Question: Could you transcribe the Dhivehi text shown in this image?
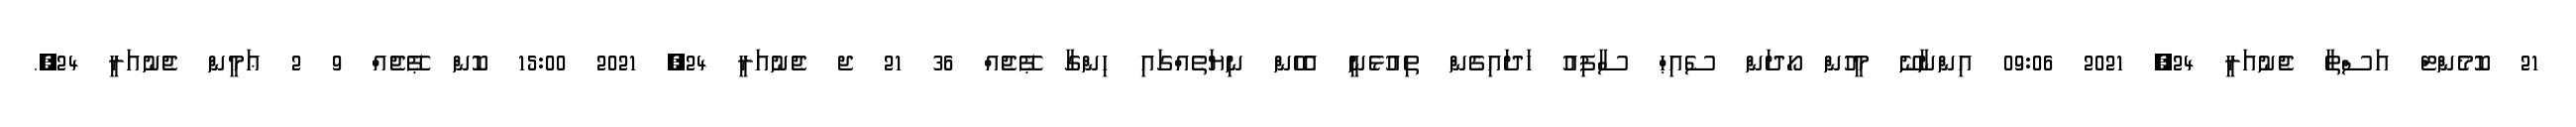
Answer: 21 ކޮމެންޓް އަސްތާ ޖެނުއަރީ 24, 2021 09:06 އިންނާނޭ މީހުން ހޯދަން ސެއިޙް ސާފިއު ހަދައިގެން ތިއުޅެނީ އެހެން ނިޔަތެއްގައި ހިންގާ ޕޭޖެއް 36 21 ޖ ޖެނުއަރީ 24, 2021 15:00 ކޮން ޕޭޖެއް 9 2 ޢަމީން ޖެނުއަރީ 24,.